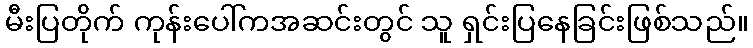
မီးပြတိုက် ကုန်းပေါ်ကအဆင်းတွင် သူ ရှင်းပြနေခြင်းဖြစ်သည်။